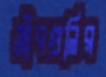
জীবগুলির